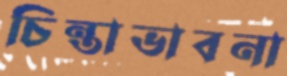
চিন্তাভাবনা